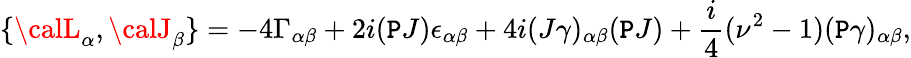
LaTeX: \{ {\calL}_{\alpha},{\calJ}_{\beta}\} =-4\Gamma_{\alpha\beta}+2i(\mathtt{P}J)\epsilon_{\alpha\beta}+4i(J\gamma)_{\alpha\beta}(\mathtt{P}J)+\frac{{i}}{{4}}(\nu^{2}-1)(\mathtt{P}\gamma)_{\alpha\beta},